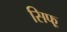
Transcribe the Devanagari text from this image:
सिफ्र्